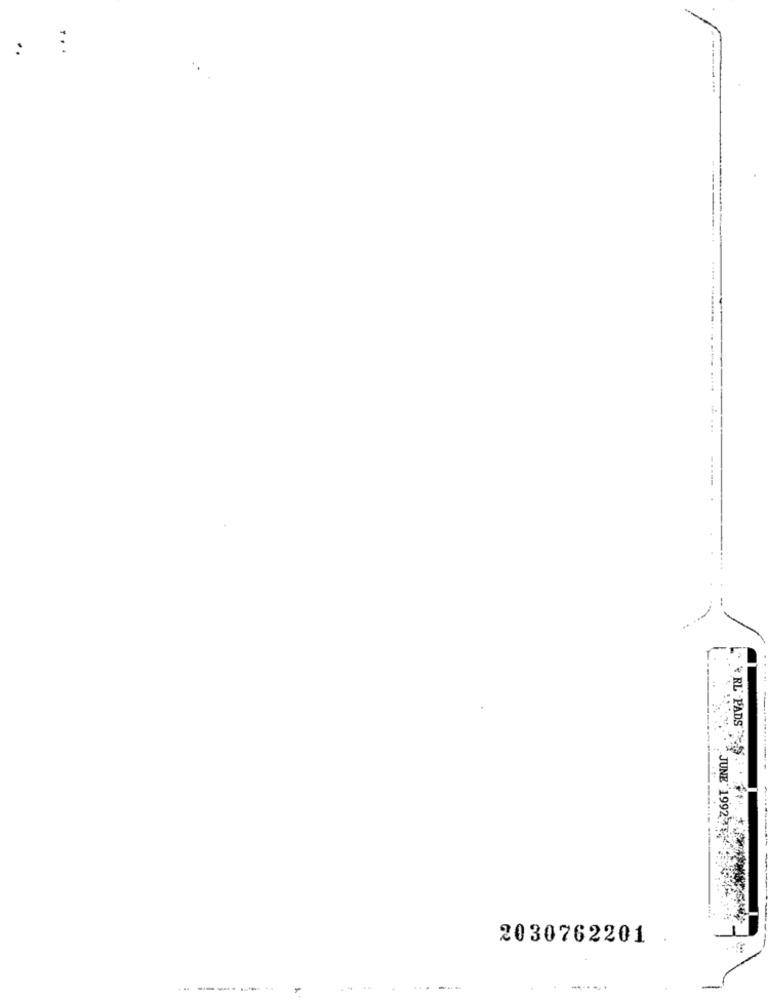
:
:
RL' PADS
JUNE 1992
2030762201
-
...
.......